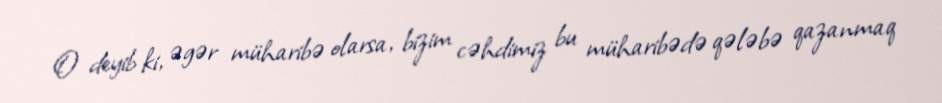
O deyib ki, əgər müharibə olarsa, bizim cəhdimiz bu müharibədə qələbə qazanmaq